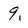
Character: 9